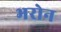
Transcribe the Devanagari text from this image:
भरोन